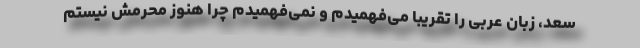
سعد، زبان عربی را تقریباً می‌فهمیدم و نمی‌فهمیدم چرا هنوز محرمش نیستم